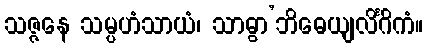
သဇ္ဇနေ သမ္ပဟံသာယံ၊ သာဓွာ’ဘိဓေယျလိင်္ဂိကံ။